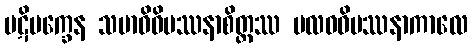
ပဋိပက္ခေန သမာဓိဝိပဿနာစိတ္တဿ ဗလဝဝိပဿနာကာလေ